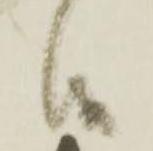
候